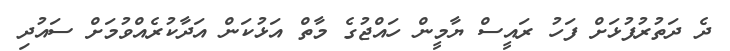
ދެ ދަތުރުފުޅަށް ފަހު ރައީސް ޔާމީން ހައްޖުގެ މާތް އަޅުކަން އަދާކުރެއްވުމަށް ސައުދި